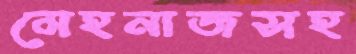
মেহনাজসহ